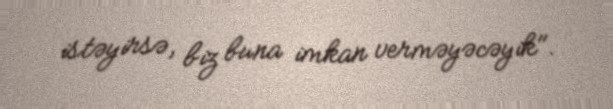
istəyirsə, biz buna imkan verməyəcəyik".